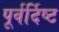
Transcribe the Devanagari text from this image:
पूर्वर्दिष्ट